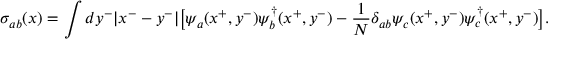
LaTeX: \sigma _ { a b } ( x ) = \int d y ^ { - } | x ^ { - } - y ^ { - } | \big [ \psi _ { a } ( x ^ { + } , y ^ { - } ) \psi _ { b } ^ { \dagger } ( x ^ { + } , y ^ { - } ) - { \frac { 1 } { N } } \delta _ { a b } \psi _ { c } ( x ^ { + } , y ^ { - } ) \psi _ { c } ^ { \dagger } ( x ^ { + } , y ^ { - } ) \big ] .